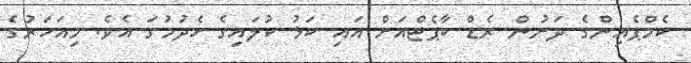
ކެމްޕެއިންގެ ދަށުން ރެޑް ކާޕެޓްއަށް އައި ކަޅު ކުލައިގެ ހެދުމުގަ އެވެ. މިއަހަރުގެ